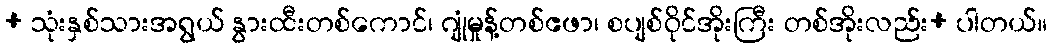
+ သုံးနှစ်သားအရွယ် နွားထီးတစ်ကောင်၊ ဂျုံမှုန့်တစ်ဧဖာ၊ စပျစ်ဝိုင်အိုးကြီး တစ်အိုးလည်း+ ပါတယ်။